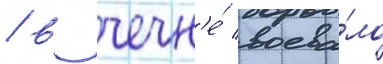
/ в чечн'е́ воева́ло